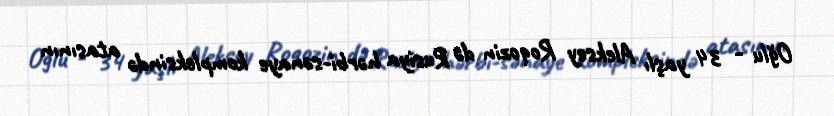
Oğlu - 34 yaşlı Aleksey Roqozin də Rusiya hərbi-sənaye kompleksində atasının